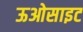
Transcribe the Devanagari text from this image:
ऊओसाइट